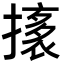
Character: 𭢟